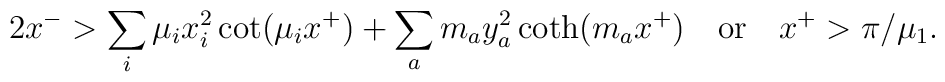
2x^- > \sum_i \mu_i x_i^2 \cot(\mu_i  x^+) + \sum_a m_a y_a^2 \coth(m_a  x^+)\quad {\rm or} \quad x^+ > \pi/\mu_1.